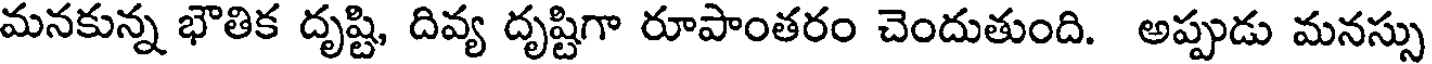
మనకున్న భౌతిక దృష్టి, దివ్య దృష్టిగా రూపాంతరం చెందుతుంది. అప్పుడు మనస్సు